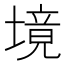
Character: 境